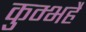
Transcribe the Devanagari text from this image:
कुम्भहै